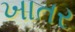
ખાતર